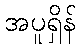
အပူရှိန်